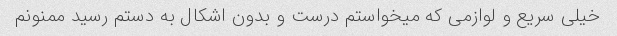
خیلی سریع و لوازمی که میخواستم درست و بدون اشکال به دستم رسید ممنونم